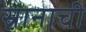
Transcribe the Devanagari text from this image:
स्नानाची